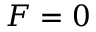
F = 0